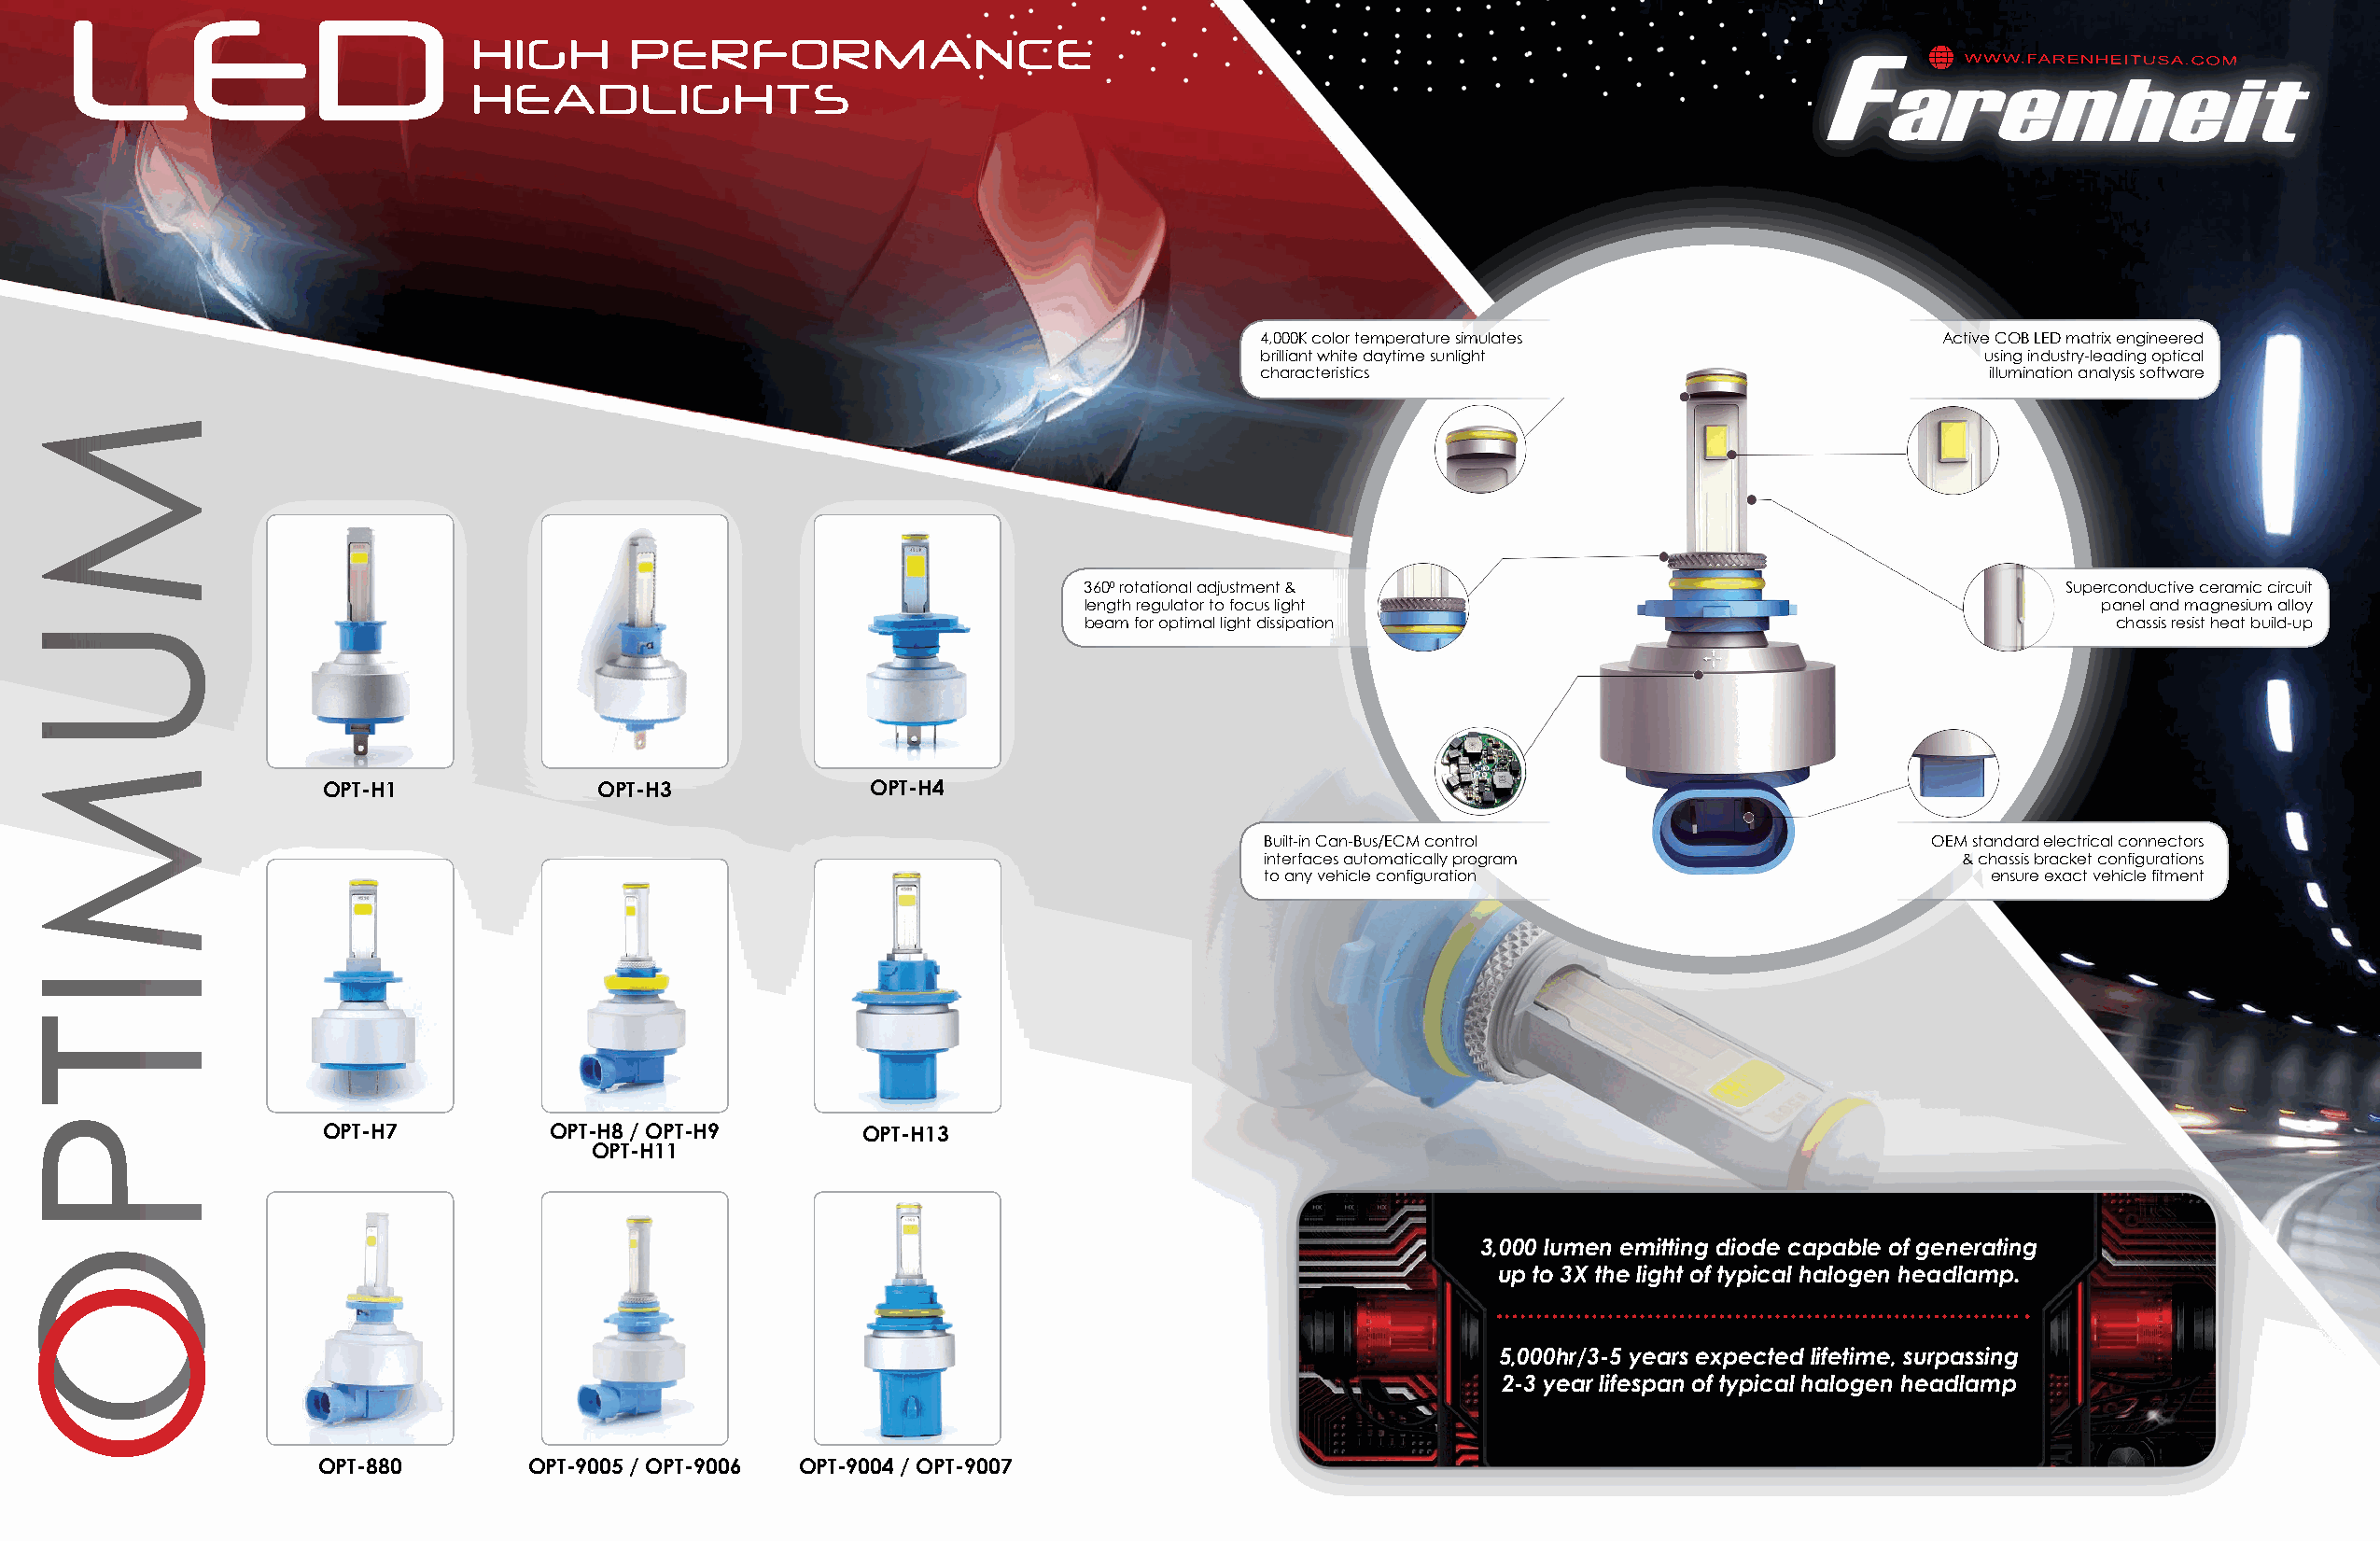
LED
 HIGH       PERFORMANCE
 HEADLIGHTS
 4,000K color temperature simulates               Active COB LED matrix engineered
 brilliant white daytime sunlight                    using industry-leading optical
 characteristics                                     illumination analysis software
 3600 rotational adjustment &                                          Superconductive ceramic circuit
 length regulator to focus light                                         panel and magnesium alloy
 beam for optimal light dissipation                                       chassis resist heat build-up
 OPT-H1             OPT-H3              OPT-H4
 Built-in Can-Bus/ECM control                   OEM standard electrical connectors
 interfaces automatically program                 & chassis bracket configurations
 to any vehicle configuration                       ensure exact vehicle fitment
 OPT-H7          OPT-H8 / OPT-H9       OPT-H13
 OPT-H11
 3,000 lumen emitting diode capable of generating
 up to 3X the light of typical halogen headlamp.
 5,000hr/3-5 years expected lifetime, surpassing
 2-3 year lifespan of typical halogen headlamp
 OPT-880       OPT-9005 / OPT-9006 OPT-9004 / OPT-9007
 MUMITPOO